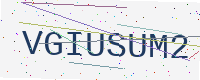
Text: VGIUSUM2